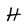
Character: H